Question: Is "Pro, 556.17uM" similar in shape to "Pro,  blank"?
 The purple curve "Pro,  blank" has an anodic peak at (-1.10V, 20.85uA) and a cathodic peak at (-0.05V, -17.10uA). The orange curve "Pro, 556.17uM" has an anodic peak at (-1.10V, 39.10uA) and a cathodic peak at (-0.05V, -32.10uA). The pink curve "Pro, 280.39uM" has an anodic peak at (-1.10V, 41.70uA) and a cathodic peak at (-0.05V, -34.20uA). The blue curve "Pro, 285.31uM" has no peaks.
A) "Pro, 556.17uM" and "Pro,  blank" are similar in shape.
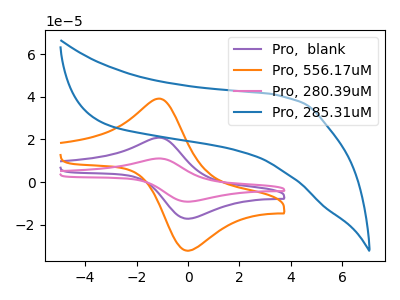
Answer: <think>All the peaks in "Pro, 556.17uM" have a peak in "Pro,  blank" at the same potential. Every peak in "Pro, 556.17uM" is higher than every peak in "Pro,  blank".
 </think>
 <answer>A) "Pro, 556.17uM" and "Pro,  blank" are similar in shape.</answer>
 <eval>A</eval>